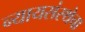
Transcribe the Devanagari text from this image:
न्यायसंस्थेचा